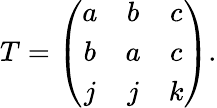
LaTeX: T=\left(\begin{array}{ccc}{{a}}&{{b}}&{{c}}\\ {{b}}&{{a}}&{{c}}\\ {{j}}&{{j}}&{{k}}\end{array}\right).